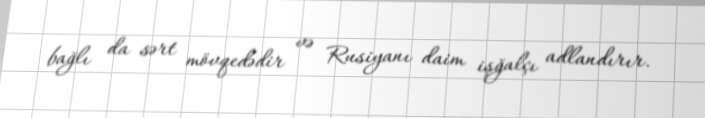
bağlı da sərt mövqedədir və Rusiyanı daim işğalçı adlandırır.